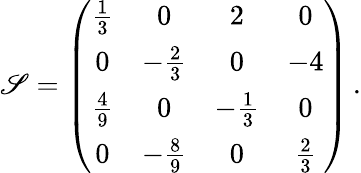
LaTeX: \mathscr{S}=\left(\begin{array}{cccc}{{\frac{1}{3}}}&{{0}}&{{2}}&{{0}}\\ {{0}}&{{-\frac{2}{3}}}&{{0}}&{{-4}}\\ {{\frac{4}{9}}}&{{0}}&{{-\frac{1}{3}}}&{{0}}\\ {{0}}&{{-\frac{8}{9}}}&{{0}}&{{\frac{2}{3}}}\end{array}\right)\, .